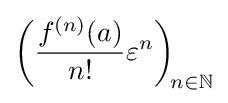
{\bigg (}{\frac {f^{(n)}(a)}{n!}}\varepsilon ^{n}{\bigg )}_{\!n\in \mathbb {N} }